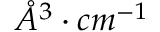
\mathring { A } ^ { 3 } \cdot c m ^ { - 1 }